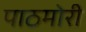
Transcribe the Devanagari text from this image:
पाठमोरी